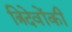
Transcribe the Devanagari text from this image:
त्रिदेवोंकी